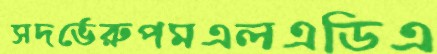
সদর্ভেরুপমএলএডিএ